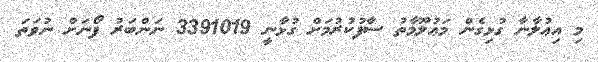
މި އިޢުލާނާ ގުޅިގެން މަޢުލޫމާތު ސާފުކުރުމަށް ގުޅާނީ 3391019 ނަންބަރު ފޯނަށް ނުވަތަ